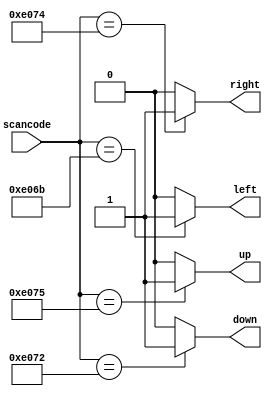
module top_module (
    input [15:0]scancode,
    output reg left,
    output reg down,
    output reg right,
    output reg up
);

    always@(*) begin
        // this is important to avoid the latch 
        up = 1'b0; down = 1'b0; left = 1'b0; right = 1'b0;
        case(scancode)
            16'he06b: left <= 1'b1;
            16'he072: down <= 1'b1;
            16'he074: right <= 1'b1;
            16'he075: up <= 1'b1;
            default: begin
                left <= 1'b0;
                down <= 1'b0;
                right <= 1'b0;
                up <= 1'b0;
            end
        endcase
    end
endmodule